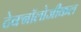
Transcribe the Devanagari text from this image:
टेक्नॉलोजीकल